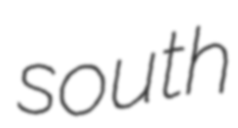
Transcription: south